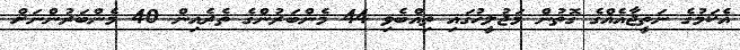
އެކަމުގެ ނަތީޖާއެއްގެ ގޮތުން މަޖުލީހުގައި ތިއްބެވި 44 މެންބަރުންގެ ތެރެއިން 40 މެންބަރުންނަށް